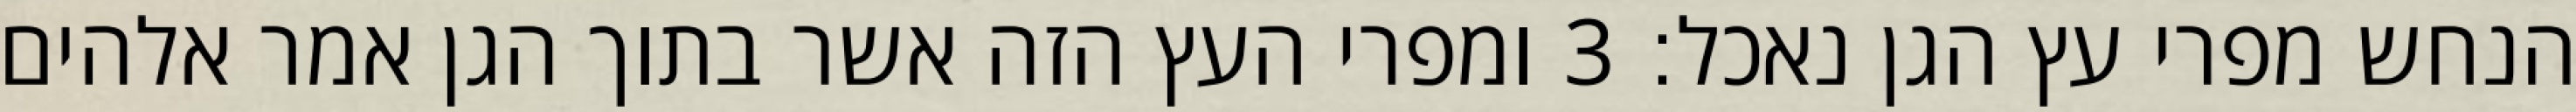
הנחש מפרי עץ הגן נאכל׃ ‎3‏ ומפרי העץ הזה אשר בתוך הגן אמר אלהים